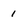
Character: 1